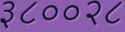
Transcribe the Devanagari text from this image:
३८००२८